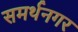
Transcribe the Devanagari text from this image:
समर्थनगर